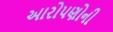
આરોપણોની